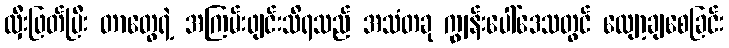
လှီးဖြတ်ပြီး တာတွေရဲ့ အကြမ်းဖျင်းသိရသည် အသံတခု ကျွန်းပေါ်ဒေသတွင် လျော့ချစေခြင်း